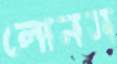
লোনস